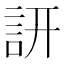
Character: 訮